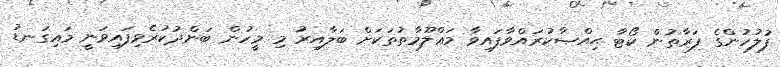
ފުލުހުންގެ ފަރާތުން ކޯޓާ ޙިއްޞާކުރައްވާފައިވާ މަޢްލޫމާތުތަކަށް ބަލާއިރު މި މީހުން ބަންދުކުރެވިފައިވަނީ މައިގަނޑު